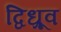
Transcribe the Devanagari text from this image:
द्विध्रूव